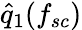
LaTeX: \hat{q}_{1}(f_{sc})